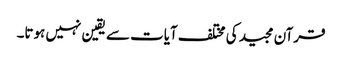
قرآن مجید کی مختلف آیات سے یقین نہیں ہوتا۔